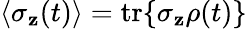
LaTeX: \langle\sigma_{\mathbf{z}}(t)\rangle=\mathrm{{tr}}\{ \sigma_{\mathbf{z}}\rho(t)\}